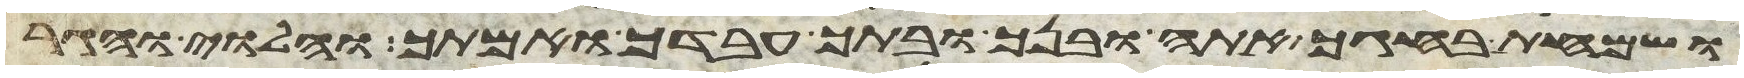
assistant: ושמחת בחגך אתה ובנך ובתך עבדך ואמתך והלוי והגר